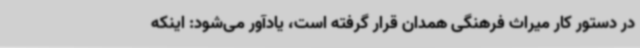
در دستور کار میراث فرهنگی همدان قرار گرفته است، یادآور می‌شود: اینکه